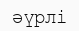
әүрлі